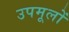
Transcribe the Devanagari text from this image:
उपमूलों